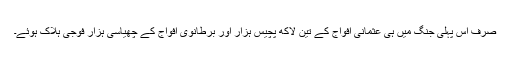
صرف اس پہلی جنگ میں ہی عثمانی افواج کے تین لاکھ پچیس ہزار اور برطانوی افواج کے چھیاسی ہزار فوجی ہلاک ہوئے۔